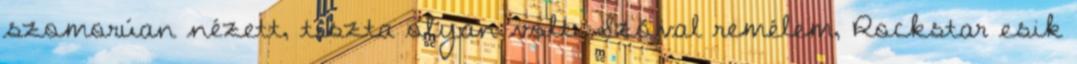
szomorúan nézett, tiszta olyan volt: Szóval remélem, Rockstar esik